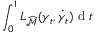
\int _ { 0 } ^ { 1 } L _ { \widehat { \mathcal { M } } } ( \gamma _ { t } , \dot { \gamma } _ { t } ) \mathrm { ~ d ~ } t